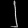
Digit: ၂